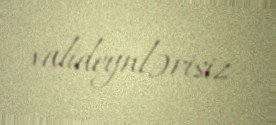
valideynlərisiz.